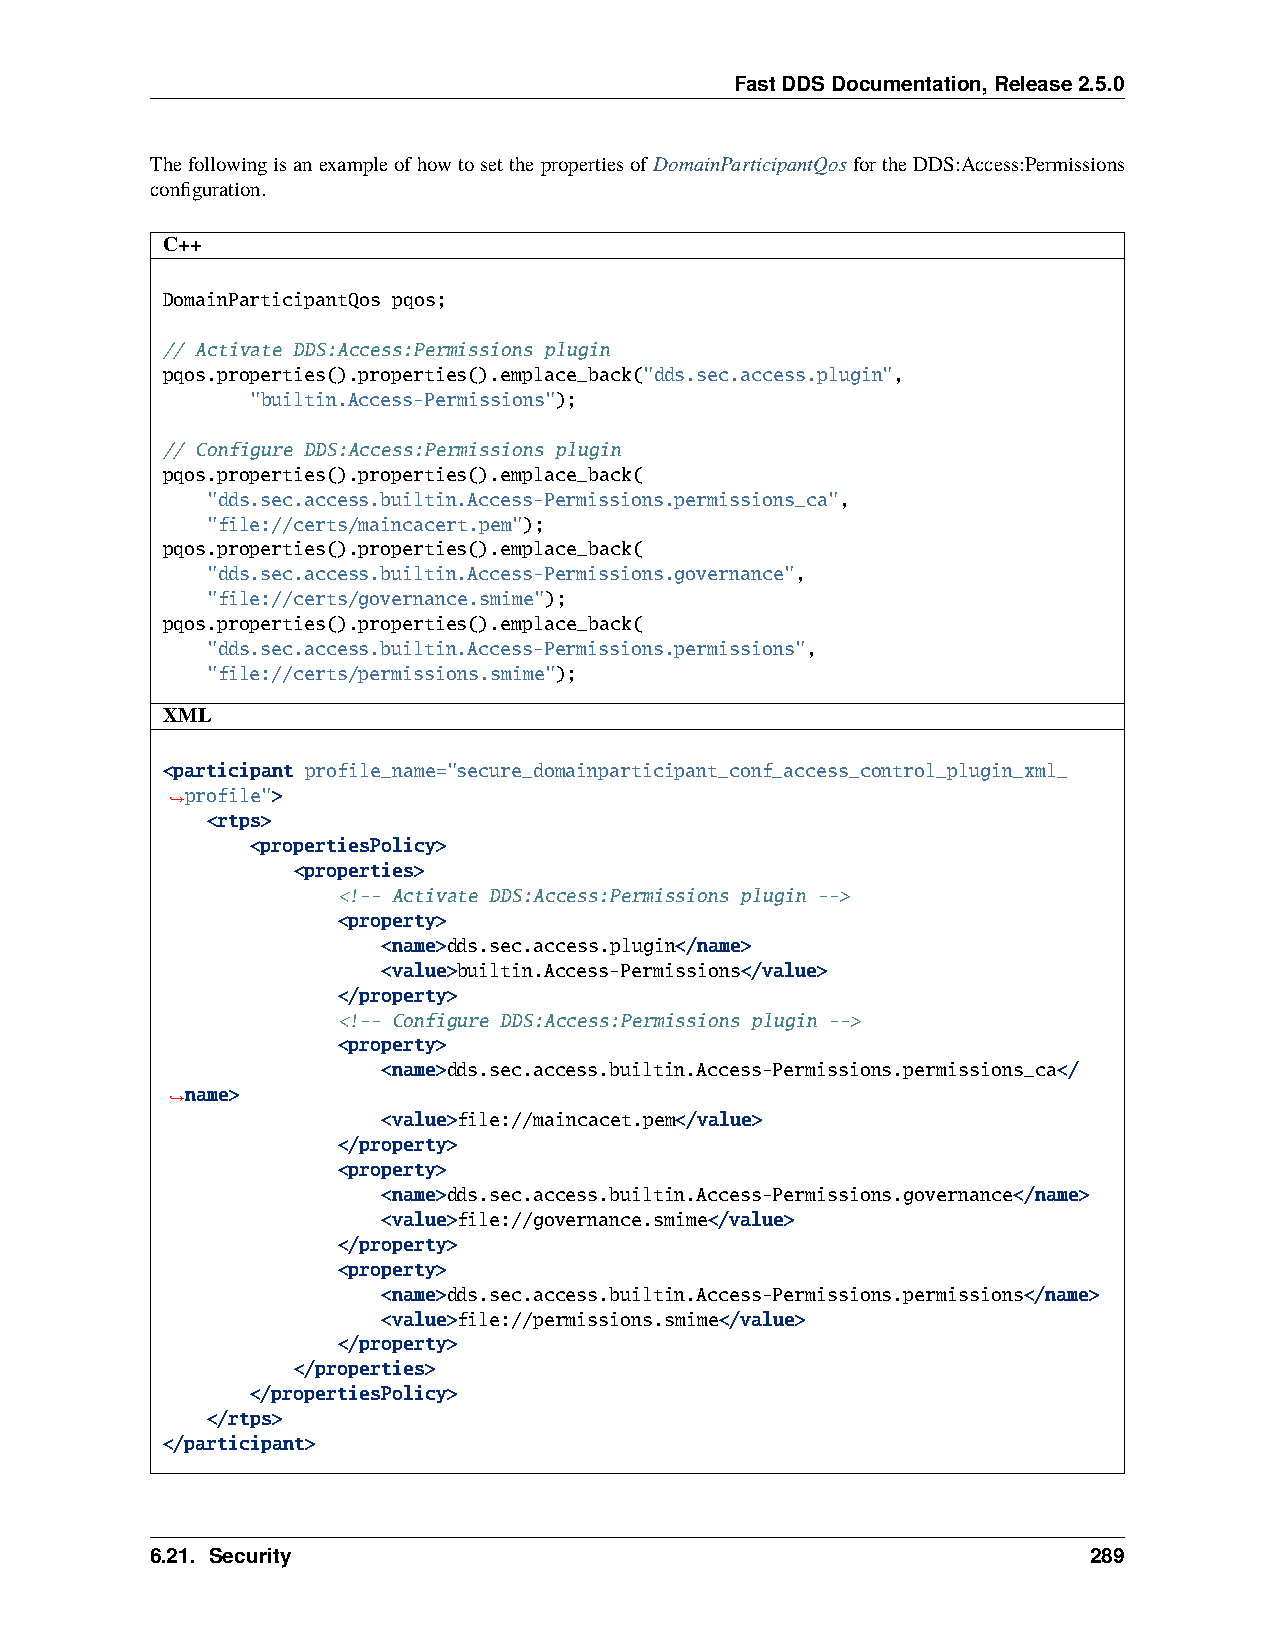
FastDDSDocumentation,Release2.5.0
 ThefollowingisanexampleofhowtosetthepropertiesofDomainParticipantQosfortheDDS:Access:Permissions
 configuration.
 C++
 DomainParticipantQos pqos;
 // Activate DDS:Access:Permissions plugin
 pqos.properties().properties().emplace_back("dds.sec.access.plugin",
 "builtin.Access-Permissions");
 // Configure DDS:Access:Permissions plugin
 pqos.properties().properties().emplace_back(
 "dds.sec.access.builtin.Access-Permissions.permissions_ca",
 "file://certs/maincacert.pem");
 pqos.properties().properties().emplace_back(
 "dds.sec.access.builtin.Access-Permissions.governance",
 "file://certs/governance.smime");
 pqos.properties().properties().emplace_back(
 "dds.sec.access.builtin.Access-Permissions.permissions",
 "file://certs/permissions.smime");
 XML
 <participant profile_name="secure_domainparticipant_conf_access_control_plugin_xml_
 profile">
 ˓→
 <rtps>
 <propertiesPolicy>
 <properties>
 <!-- Activate DDS:Access:Permissions plugin -->
 <property>
 <name>dds.sec.access.plugin</name>
 <value>builtin.Access-Permissions</value>
 </property>
 <!-- Configure DDS:Access:Permissions plugin -->
 <property>
 <name>dds.sec.access.builtin.Access-Permissions.permissions_ca</
 name>
 ˓→
 <value>file://maincacet.pem</value>
 </property>
 <property>
 <name>dds.sec.access.builtin.Access-Permissions.governance</name>
 <value>file://governance.smime</value>
 </property>
 <property>
 <name>dds.sec.access.builtin.Access-Permissions.permissions</name>
 <value>file://permissions.smime</value>
 </property>
 </properties>
 </propertiesPolicy>
 </rtps>
 </participant>
 6.21. Security                                                289